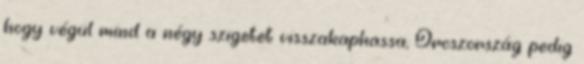
hogy végül mind a négy szigetet visszakaphassa, Oroszország pedig